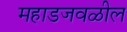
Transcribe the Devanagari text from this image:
महाडजवळील